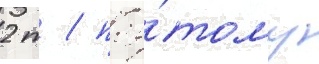
2 т / поэ́тому